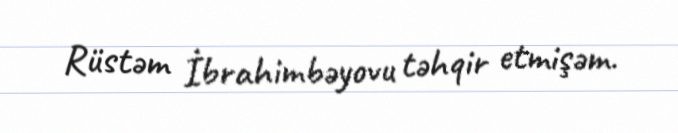
Rüstəm İbrahimbəyovu təhqir etmişəm.